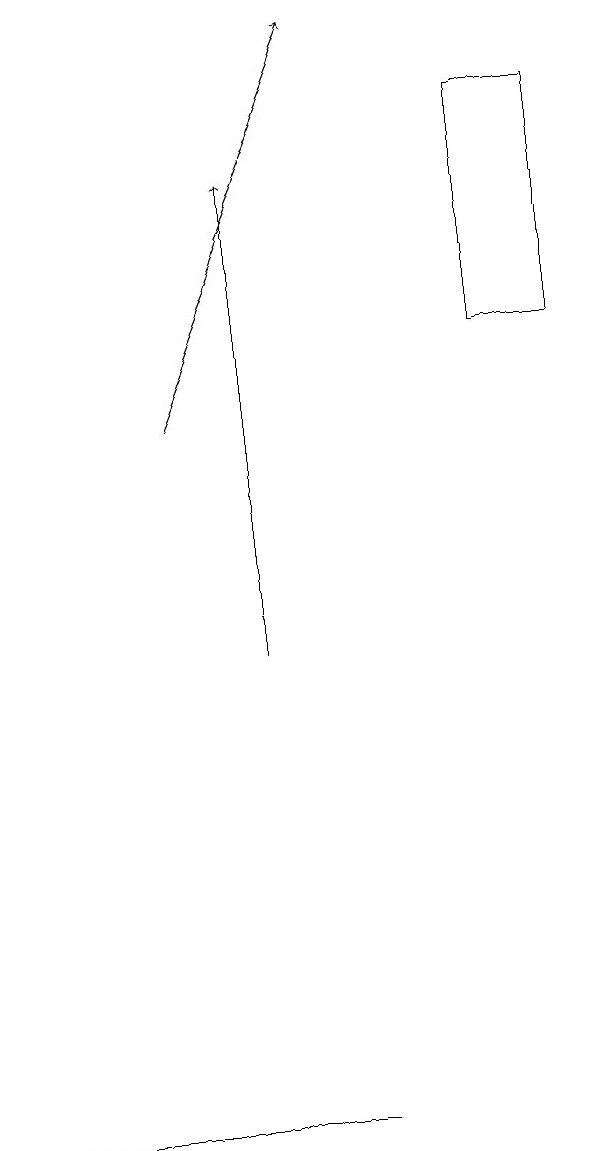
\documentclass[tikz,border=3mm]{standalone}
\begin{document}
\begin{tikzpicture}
\draw (8,18) rectangle (9,15);
\draw (6,5) -- (6,5) -- (2,5) -- cycle;
\draw[->] (4,14) -- (6,19);
\draw[->] (5,11) -- (5,17);
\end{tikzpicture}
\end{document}